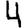
Digit: 4